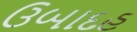
ઉબાદહ